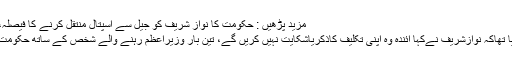
مزید پڑھیں : حکومت کا نواز شریف کو جیل سے اسپتال منتقل کرنے کا فیصلہ، سابق وزیر اعظم کا انکار: ذرائع
اپنے ٹویٹ میں مریم نواز نے بتایا تھاکہ نوازشریف نےکہا آئندہ وہ اپنی تکلیف کاذکریاشکایت نہیں کریں گے، تین بار وزیراعظم رہنے والے شخص کے ساتھ حکومت بے حسی کا مظاہرہ کررہی ہے۔